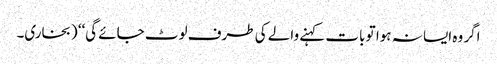
اگر وہ ایسا نہ ہوا تو بات کہنے والے کی طرف لوٹ جائے گی‘‘ (بخاری۔